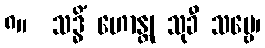
၈။  သဒ္ဓိံ ဟောန္တု သုခီ သဗ္ဗေ၊